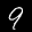
Label: 9